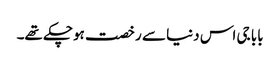
بابا جی اس دنیا سے رخصت ہوچکے تھے۔